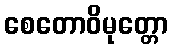
စေတောဝိမုတ္တော